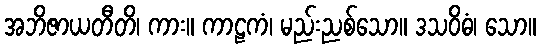
အဘိဇာယတီတိ၊ ကား။ ကာဠကံ၊ မည်းညစ်သော။ ဒသဝိဓံ၊ သော။